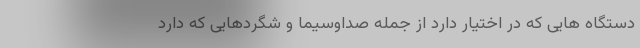
دستگاه هایی که در اختیار دارد از جمله صداوسیما و شگردهایی که دارد